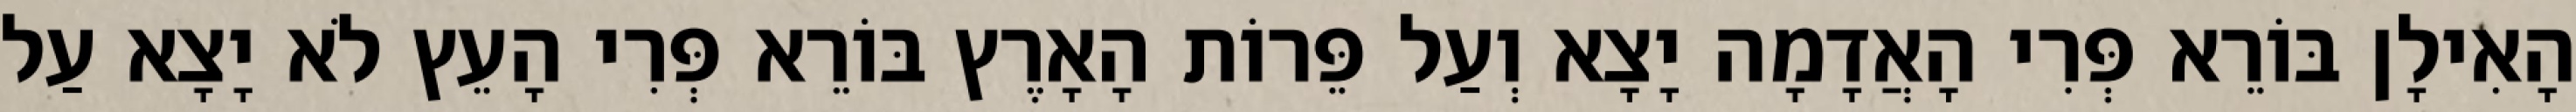
הָאִילָן בּוֹרֵא פְּרִי הָאֲדָמָה יָצָא וְעַל פֵּרוֹת הָאָרֶץ בּוֹרֵא פְּרִי הָעֵץ לֹא יָצָא עַל